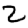
Digit: 2